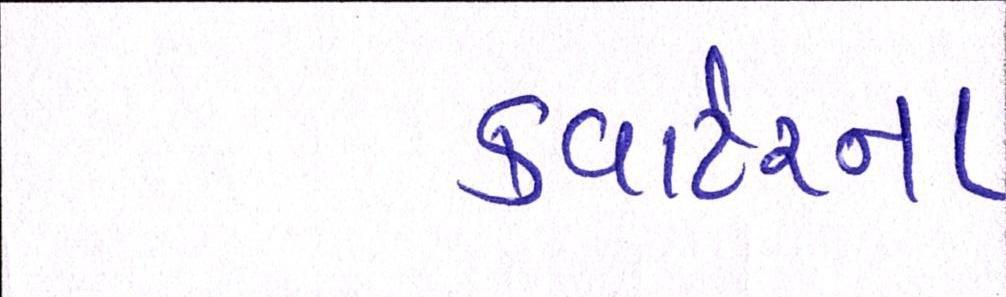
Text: કવાર્ટરના